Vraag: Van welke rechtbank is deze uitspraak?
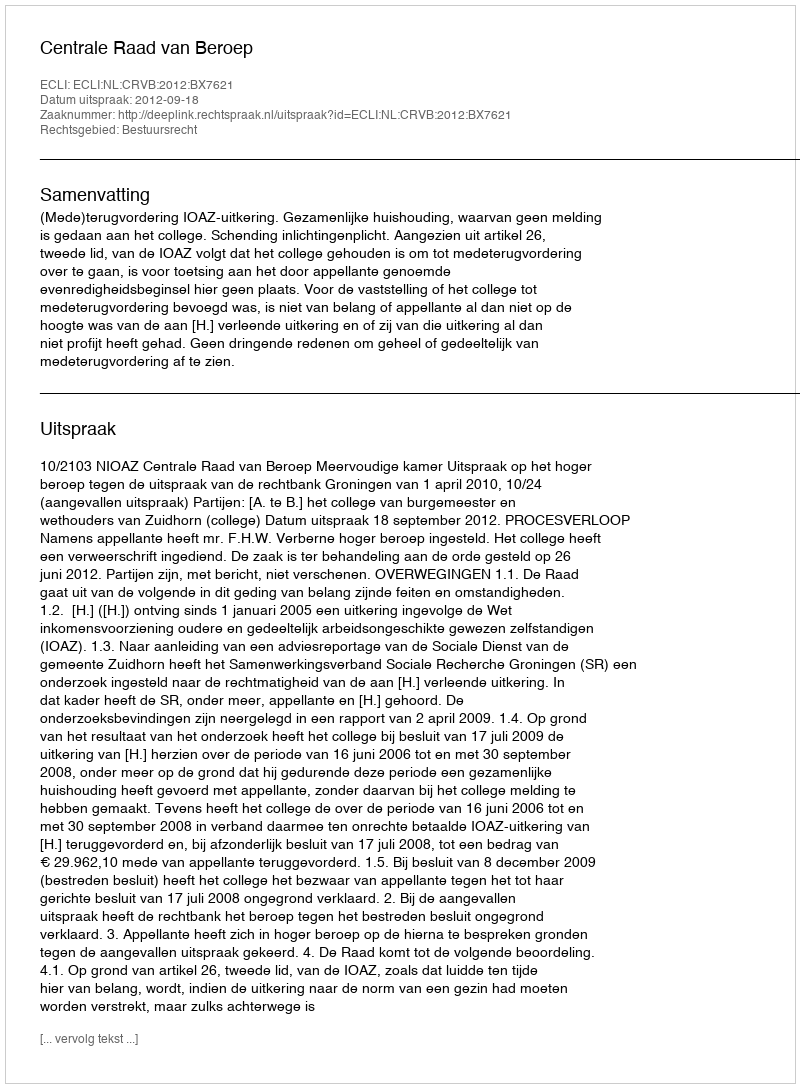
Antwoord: Centrale Raad van Beroep